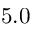
5 . 0